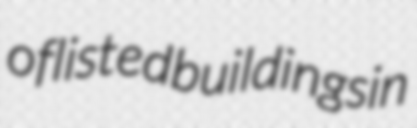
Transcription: of listed buildings in